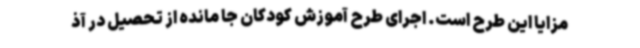
مزایا این طرح است. اجرای طرح آموزش کودکان جا مانده از تحصیل در آذ